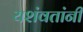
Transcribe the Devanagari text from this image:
यशंवतांनी